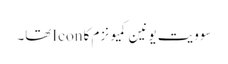
سوویت یونین کمیونزم کا Iconتھا۔